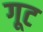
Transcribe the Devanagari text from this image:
गूट